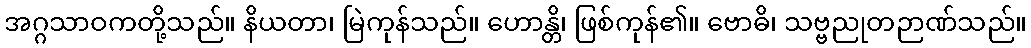
အဂ္ဂသာဝကတို့သည်။ နိယတာ၊ မြဲကုန်သည်။ ဟောန္တိ၊ ဖြစ်ကုန်၏။ ဗောဓိ၊ သဗ္ဗညုတဉာဏ်သည်။